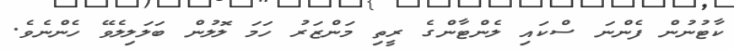
ކާޓުނުން ފެންނަ ސްކައި ލެންޓާންގެ ރީތި މަންޒަރު ހަމަ ލޮލުން ބަލަލިލެވޭ ހެންނެވެ.